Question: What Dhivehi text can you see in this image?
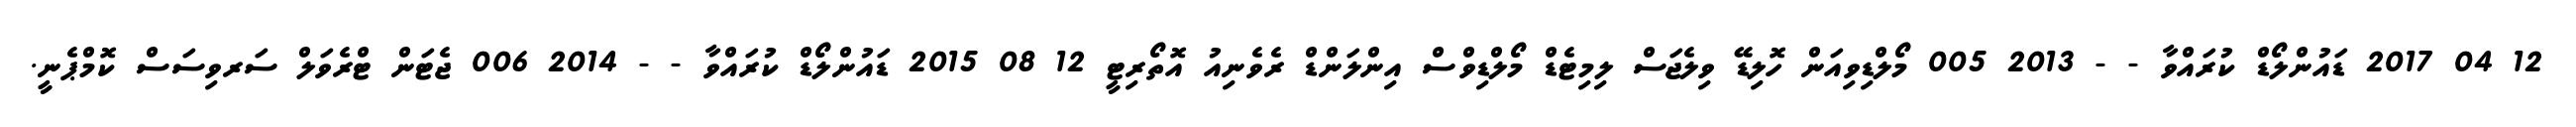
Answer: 12 04 2017 ޑައުންލޯޑް ކުރައްވާ - - 2013 005 މޯލްޑިވިއަން ހޮލިޑޭ ވިލެޖަސް ލިމިޓެޑް މޯލްޑިވްސް އިންލަންޑް ރެވެނިއު އޮތޯރިޓީ 12 08 2015 ޑައުންލޯޑް ކުރައްވާ - - 2014 006 ޖެޓަން ޓްރެވަލް ސަރވިސަސް ކޮމްޕެނީ.